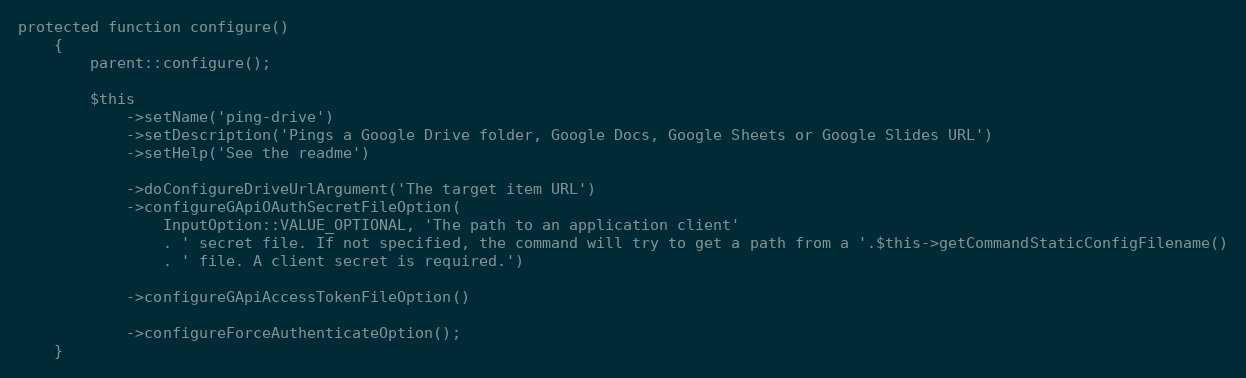
Language: PHP
protected function configure()
    {
        parent::configure();

        $this
            ->setName('ping-drive')
            ->setDescription('Pings a Google Drive folder, Google Docs, Google Sheets or Google Slides URL')
            ->setHelp('See the readme')

            ->doConfigureDriveUrlArgument('The target item URL')
            ->configureGApiOAuthSecretFileOption(
                InputOption::VALUE_OPTIONAL, 'The path to an application client'
                . ' secret file. If not specified, the command will try to get a path from a '.$this->getCommandStaticConfigFilename()
                . ' file. A client secret is required.')

            ->configureGApiAccessTokenFileOption()

            ->configureForceAuthenticateOption();
    }